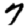
Digit: 7